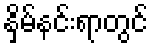
နှိမ်နင်းရာတွင်